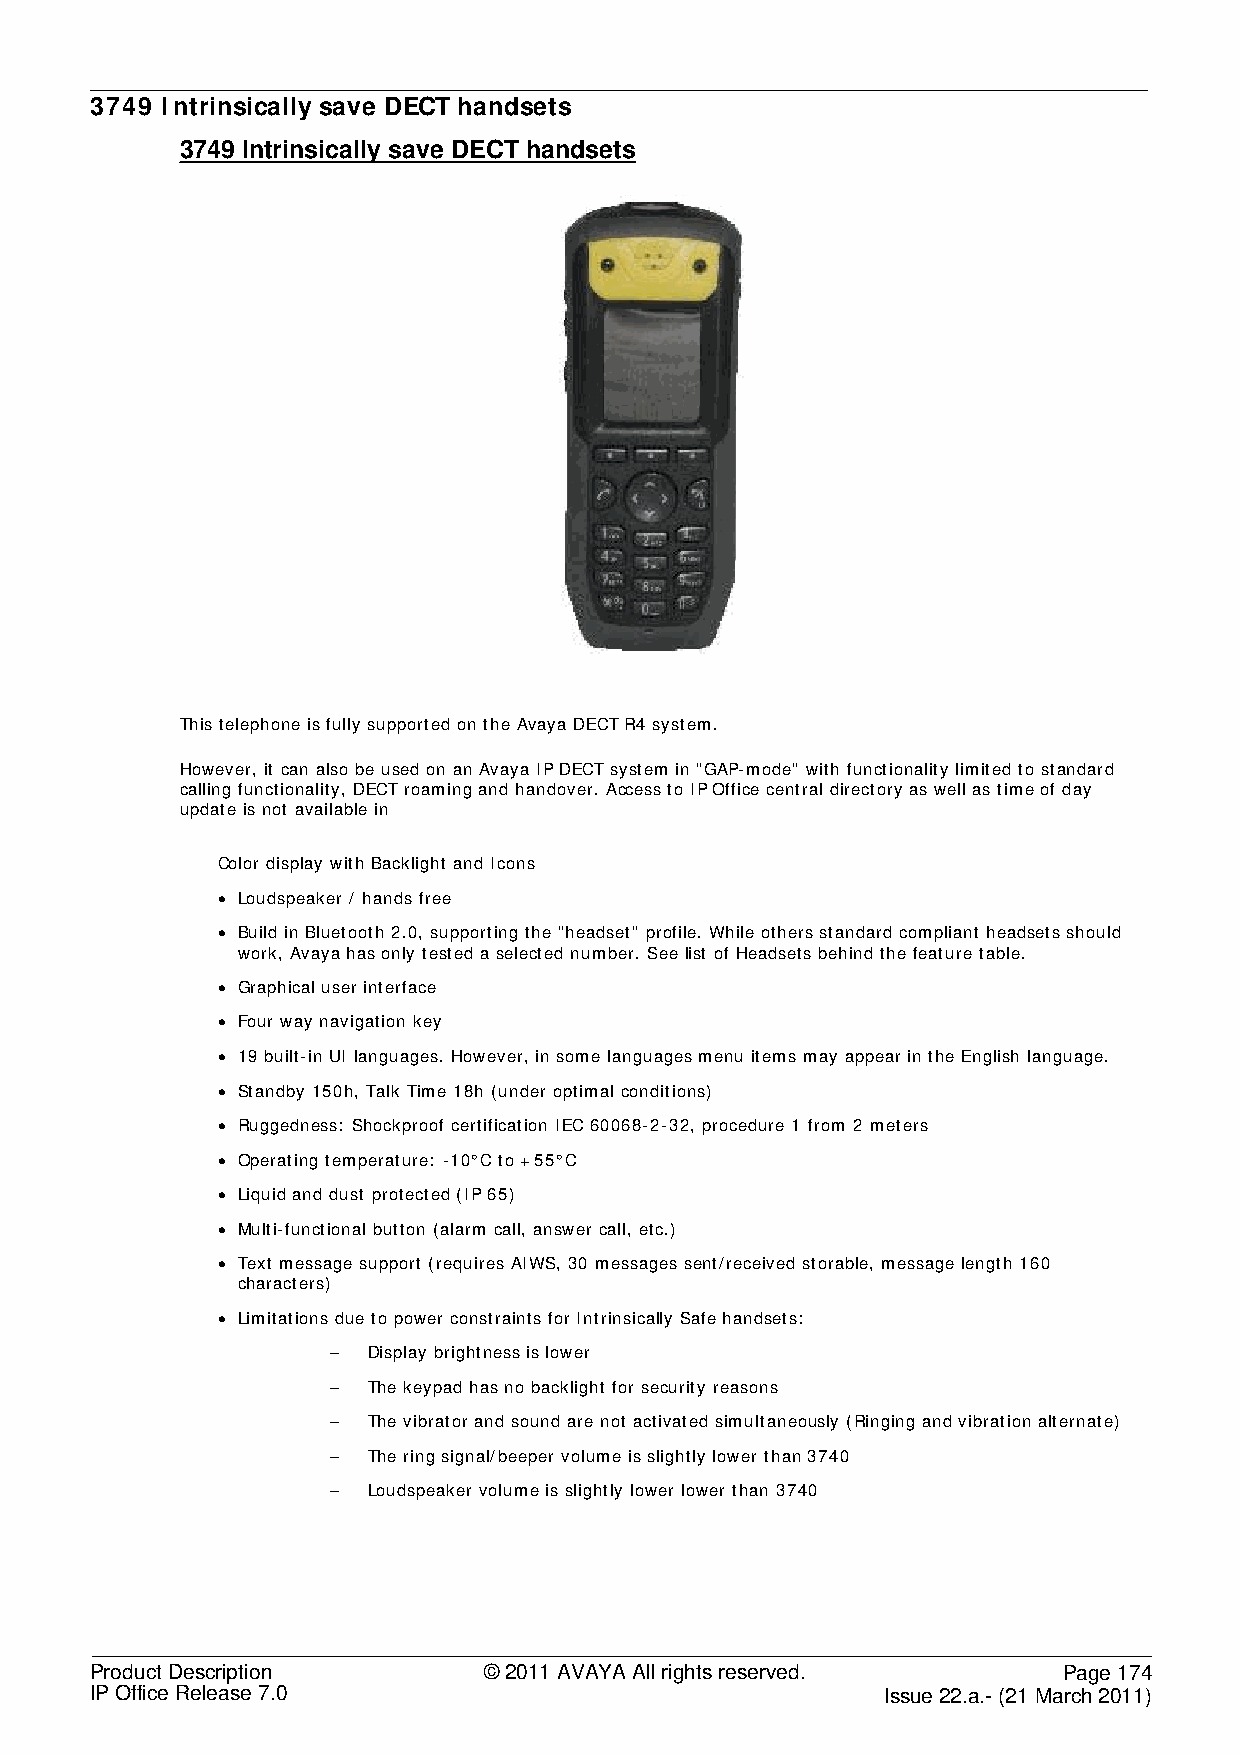
3749 Intrinsically save DECT handsets
 3749 Intrinsically save DECT handsets
 This telephone is fully supported on the Avaya DECT R4 system.
 However, it can also be used on an Avaya IP DECT system in "GAP-mode" with functionality limited to standard
 calling functionality, DECT roaming and handover. Access to IP Office central directory as well as time of day
 update is not available in
 Color display with Backlight and Icons
 • Loudspeaker / hands free
 • Build in Bluetooth 2.0, supporting the "headset" profile. While others standard compliant headsets should
 work, Avaya has only tested a selected number. See list of Headsets behind the feature table.
 • Graphical user interface
 • Four way navigation key
 • 19 built-in UI languages. However, in some languages menu items may appear in the English language.
 • Standby 150h, Talk Time 18h (under optimal conditions)
 • Ruggedness: Shockproof certification IEC 60068-2-32, procedure 1 from 2 meters
 • Operating temperature: -10°C to +55°C
 • Liquid and dust protected (IP 65)
 • Multi-functional button (alarm call, answer call, etc.)
 • Text message support (requires AIWS, 30 messages sent/received storable, message length 160
 characters)
 • Limitations due to power constraints for Intrinsically Safe handsets:
 – Display brightness is lower
 – The keypad has no backlight for security reasons
 – The vibrator and sound are not activated simultaneously (Ringing and vibration alternate)
 – The ring signal/beeper volume is slightly lower than 3740
 – Loudspeaker volume is slightly lower lower than 3740
 Product Description       © 2011 AVAYA All rights reserved.     Page 174
 IP Office Release 7.0                                Issue 22.a.- (21 March 2011)